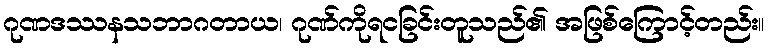
ဂုဏဒဿနသဘာဂတာယ၊ ဂုဏ်ကိုရငခြင်းတူသည်၏ အဖြစ်ကြောင့်တည်း။